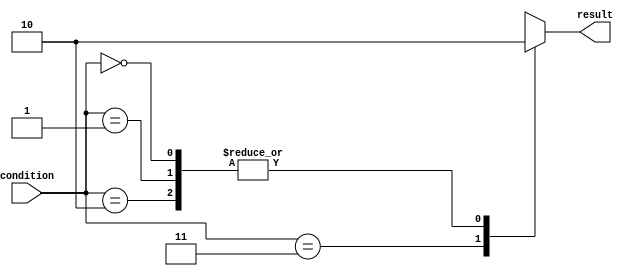
module priority_logic (
    input wire [1:0] condition,
    output reg result
);

always @*
begin
    case (condition)
        2'b11: result = 1; // highest priority condition
        2'b10: result = 0;
        2'b01: result = 0;
        2'b00: result = 0;
        default: result = 0;
    endcase
end

endmodule